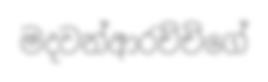
මදවන්ආරච්චිගේ